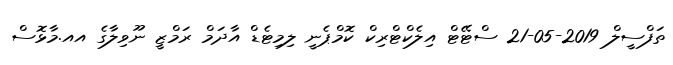
ތަފްސީލް 2019-05-21 ސްޓޭޓް އިލެކްޓްރިކް ކޮމްޕެނީ ލިމިޓެޑް އާދަމް ރަމްޒީ ނޫވިލާގެ އއ.މާޅޮސް